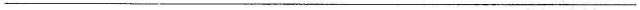
___